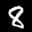
Label: 8